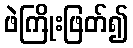
ဖဲကြိုးဖြတ်၍